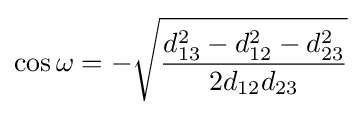
\cos \omega =-{\sqrt {\frac {d_{13}^{2}-d_{12}^{2}-d_{23}^{2}}{2d_{12}d_{23}}}}